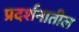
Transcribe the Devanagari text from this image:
प्रदर्शनातील